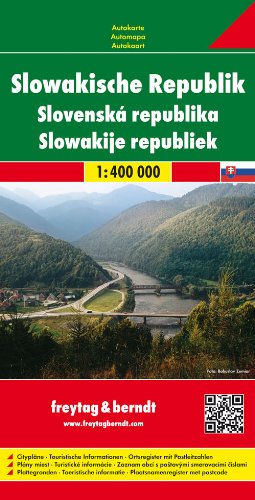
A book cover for Slovak Republic (Road Maps); Freytag-Berndt und Artaria; Travel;